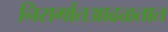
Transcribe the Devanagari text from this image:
निसर्गातआढळतात